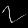
Digit: ၇